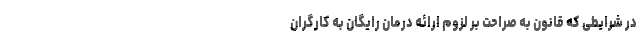
در شرایطی که قانون به صراحت بر لزوم ارائه درمان رایگان به کارگران